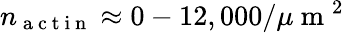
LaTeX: n_{\mathrm{~a~c~t~i~n~}}\approx 0-12,000/\mu\mathrm{~m~}^{2}